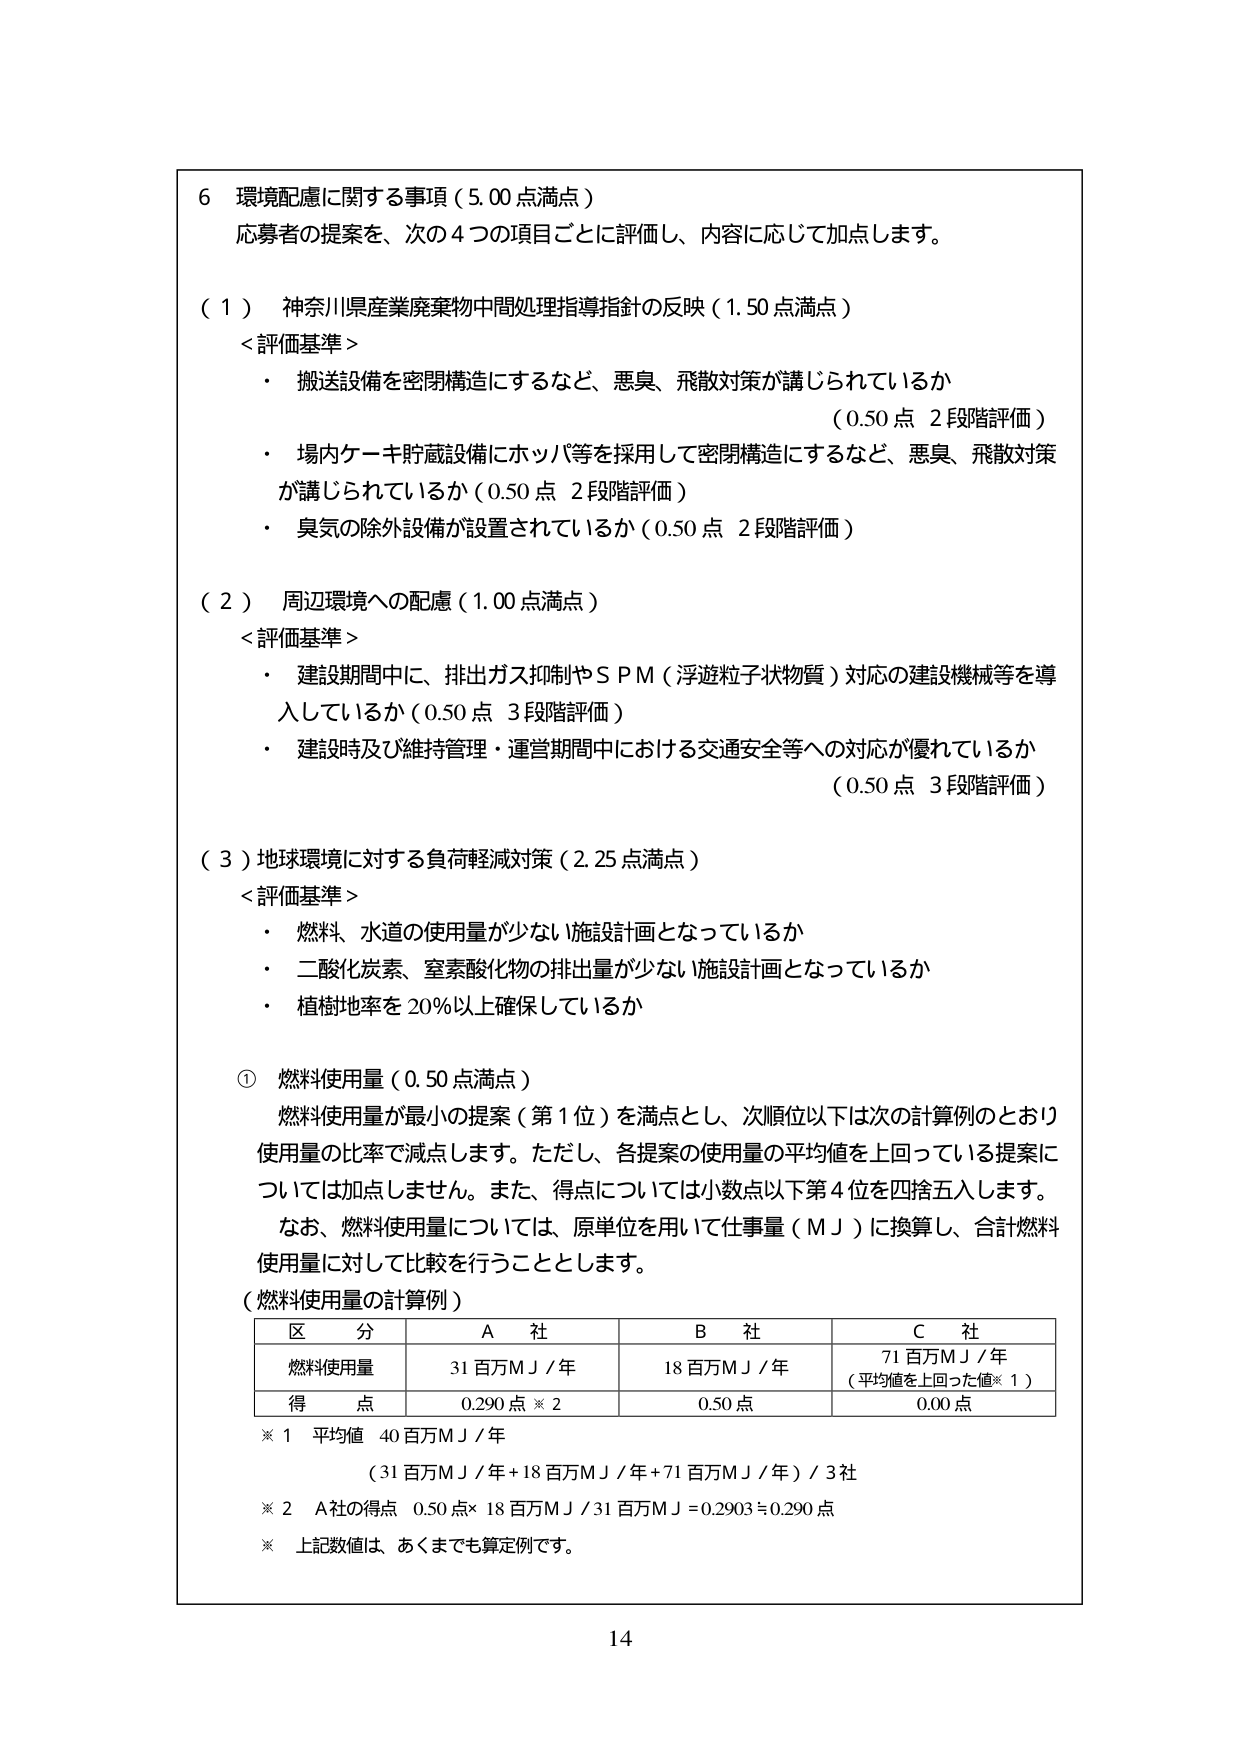
6 環境配慮に関する事項（5.00点満点）
応募者の提案を、次の4つの項目ごとに評価し、内容に応じて加点します。

（1） 神奈川県産業廃棄物中間処理指導指針の反映（1.50点満点）
＜評価基準＞
・ 搬送設備を密閉構造にするなど、悪臭、飛散対策が講じられているか
（0.50点 2段階評価）
・ 場内ケーキ貯蔵設備にホッパ等を採用して密閉構造にするなど、悪臭、飛散対策
が講じられているか（0.50点 2段階評価）
・ 臭気の除外設備が設置されているか（0.50点 2段階評価）

（2） 周辺環境への配慮（1.00点満点）
＜評価基準＞
・ 建設期間中に、排出ガス抑制やＳＰＭ（浮遊粒子状物質）対応の建設機械等を導
入しているか（0.50点 3段階評価）
・ 建設時及び維持管理・運営期間中における交通安全等への対応が優れているか
（0.50点 3段階評価）

（3）地球環境に対する負荷軽減対策（2.25点満点）
＜評価基準＞
・ 燃料、水道の使用量が少ない施設計画となっているか
・ 二酸化炭素、窒素酸化物の排出量が少ない施設計画となっているか
・ 植樹地率を20％以上確保しているか

① 燃料使用量（0.50点満点）
燃料使用量が最小の提案（第1位）を満点とし、次順位以下は次の計算例のとおり
使用量の比率で減点します。ただし、各提案の使用量の平均値を上回っている提案に
ついては加点しません。また、得点については小数点以下第4位を四捨五入します。
なお、燃料使用量については、原単位を用いて仕事量（ＭＪ）に換算し、合計燃料
使用量に対して比較を行うこととします。

（燃料使用量の計算例）
区 分　　　　　　Ａ 社　　　　　　Ｂ 社　　　　　　Ｃ 社
燃料使用量　　　31百万ＭＪ／年　　18百万ＭＪ／年　　71百万ＭＪ／年
　　　　　　　　　　　　　　　　　　　　　　　　（平均値を上回った値※1）
得 点　　　　　0.290点※2　　　　0.50点　　　　　0.00点

※1 平均値 40百万ＭＪ／年
　　（31百万ＭＪ／年＋18百万ＭＪ／年＋71百万ＭＪ／年）／3社
※2 Ａ社の得点 0.50点×18百万ＭＪ／31百万ＭＪ＝0.2903≒0.290点
※ 上記数値は、あくまでも算定例です。

14